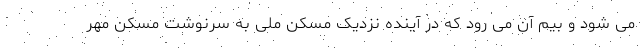
می شود و بیم آن می رود که در آینده نزدیک مسکن ملی به سرنوشت مسکن مهر